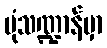
ပုံသဏ္ဍာန်မှာ